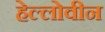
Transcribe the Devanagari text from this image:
हेल्लोवीन